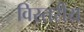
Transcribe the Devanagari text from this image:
विस्तरीय